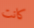
كانت